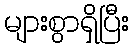
များစွာရှိပြီး